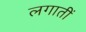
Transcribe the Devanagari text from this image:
लगातीं